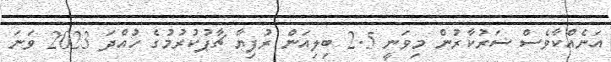
އަނެއްކާވެސް ސަރުކާރުން މިވަނީ 2.5 ބިލިއަން ރުފިޔާ ޗާޕުކުރުމުގެ ހުއްދަ 2023 ވަނަ